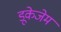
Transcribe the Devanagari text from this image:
डूकेजेम